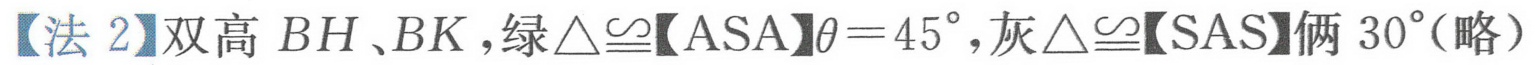
【法 2】双高$BH、BK$，绿$\triangle\cong$【ASA】$\theta = 45^{\circ}$，灰$\triangle\cong$【SAS】俩$30^{\circ}$(略）